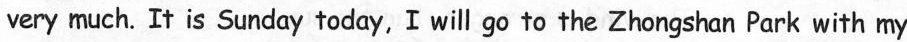
very much. It is Sunday today, I will go to the Zhongshan Park with my